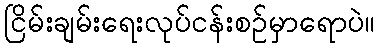
ငြိမ်းချမ်းရေးလုပ်ငန်းစဉ်မှာရောပဲ။